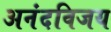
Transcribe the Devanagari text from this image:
अनंदविजय